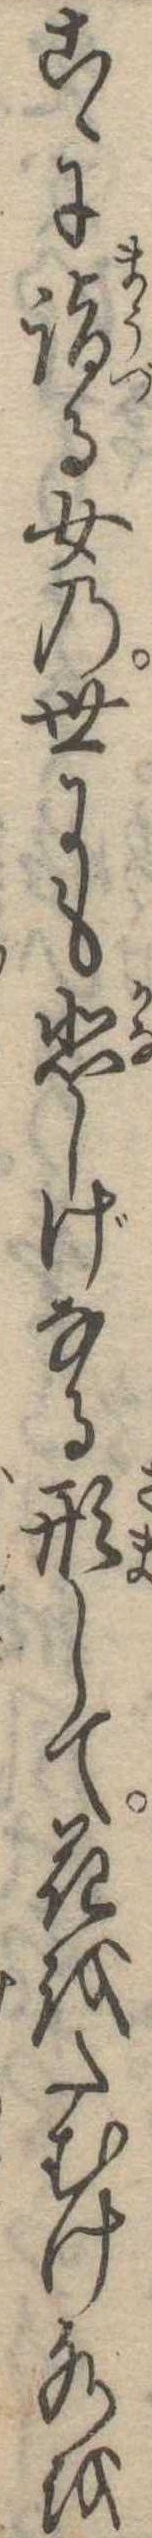
こゝに詣る女の世にも悲しげなる形して花をたむけ水を